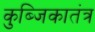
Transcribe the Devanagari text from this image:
कुब्जिकातंत्र